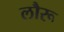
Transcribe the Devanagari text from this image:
लौरू